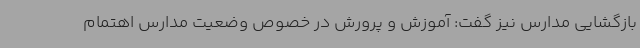
بازگشایی مدارس نیز گفت: آموزش و پرورش در خصوص وضعیت مدارس اهتمام